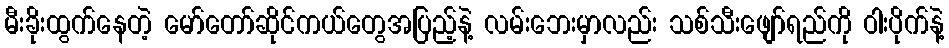
မီးခိုးထွက်နေတဲ့ မော်တော်ဆိုင်ကယ်တွေအပြည့်နဲ့ လမ်းဘေးမှာလည်း သစ်သီးဖျော်ရည်ကို ဝါးပိုက်နဲ့